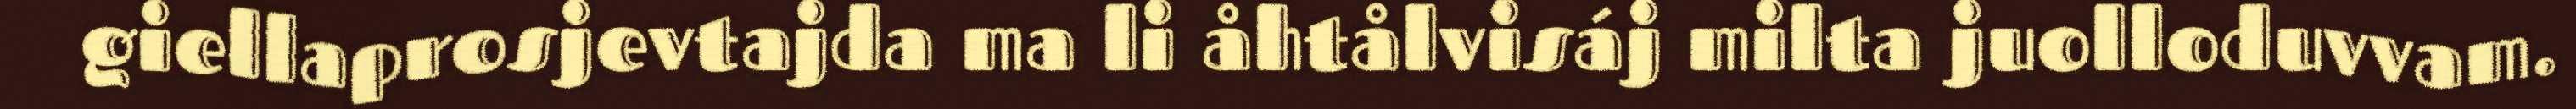
giellaprosjevtajda ma li åhtålvisáj milta juolloduvvam.